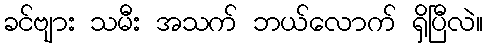
ခင်ဗျား သမီး အသက် ဘယ်လောက် ရှိပြီလဲ။